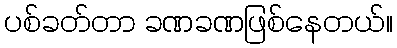
ပစ်ခတ်တာ ခဏခဏဖြစ်နေတယ်။